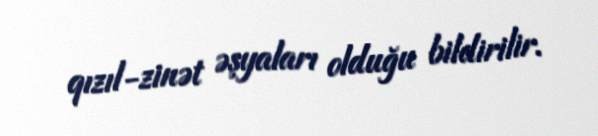
qızıl-zinət əşyaları olduğu bildirilir.